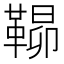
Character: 𮧠